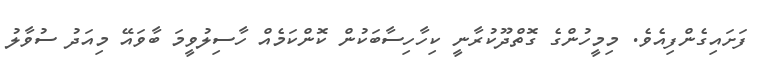
ފަށައިގެންފިއެވެ. މިމީހުންގެ ގޮތްދޫކުރާނީ ކިހާހިސާބަކުން ކޮންކަމެއް ހާސިލުވީމަ ބާވައޭ މިއަދު ސުވާލު